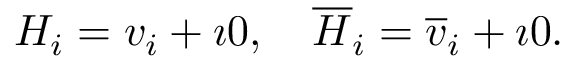
{ \cal H } _ { i } = v _ { i } + \imath 0 , ~ ~ ~ { \cal \overline { { { H } } } } _ { i } = \overline { { { v } } } _ { i } + \imath 0 .